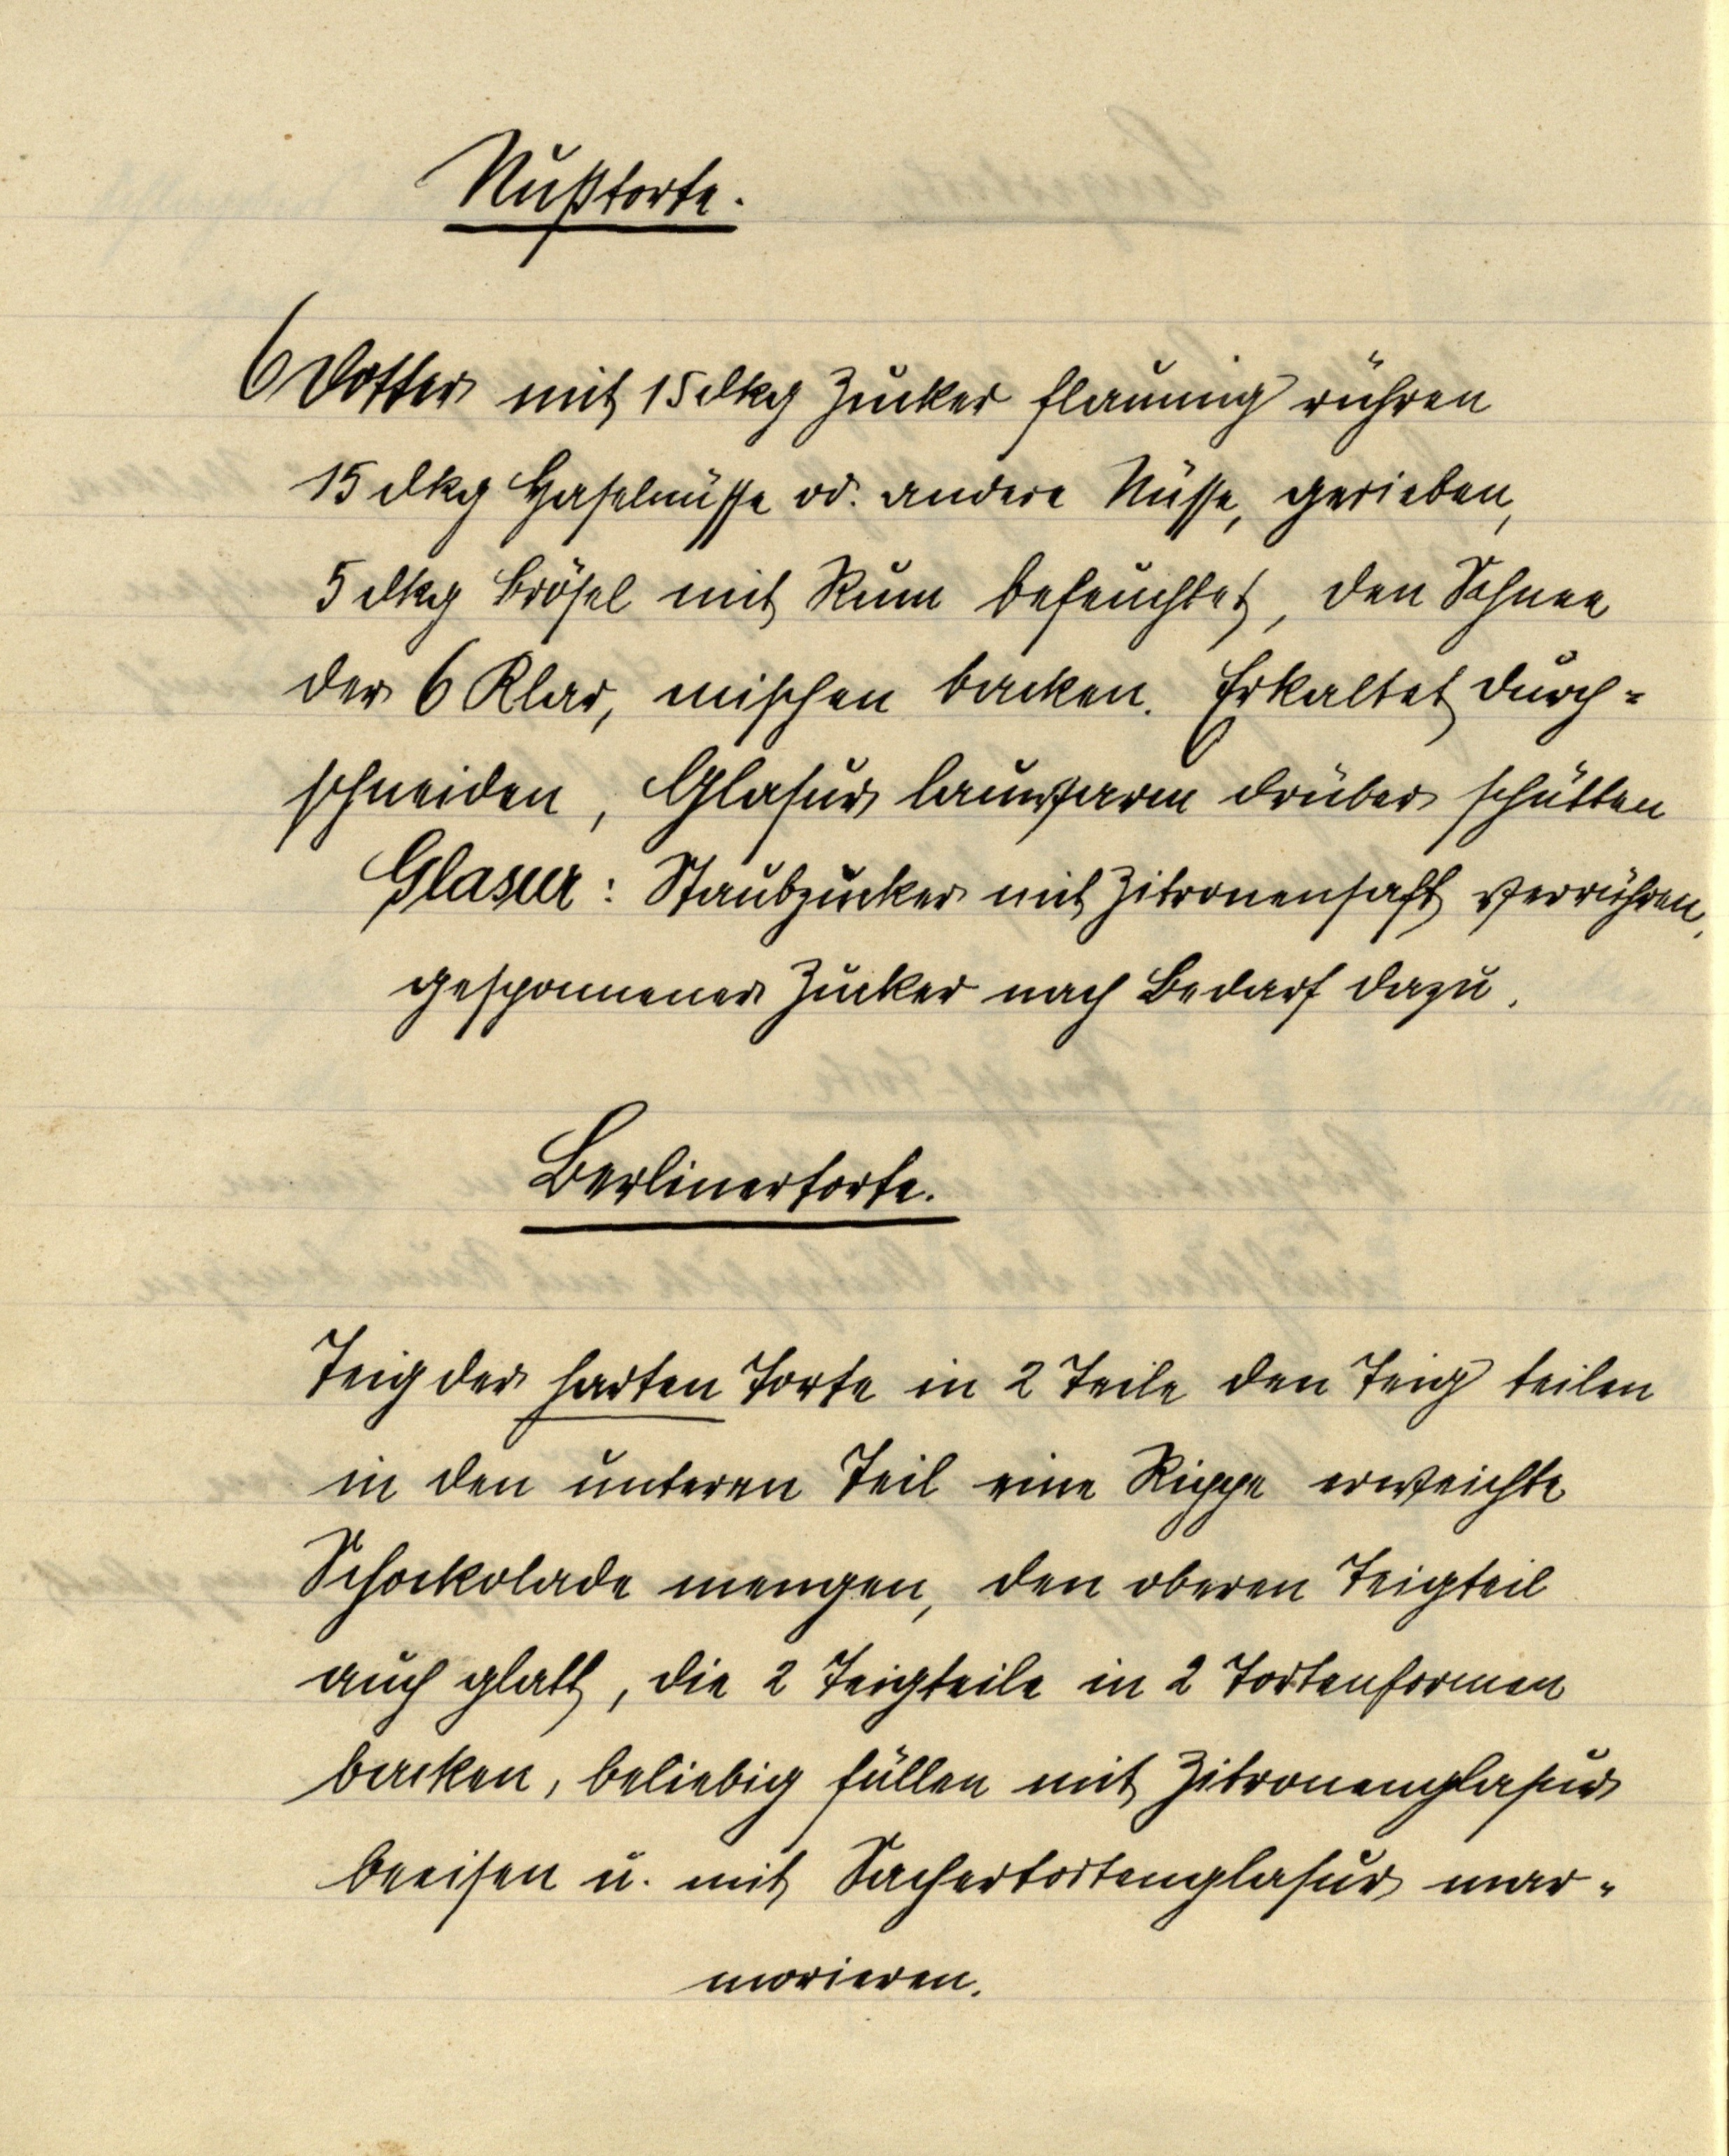
Nußtorte.

6 Dotter mit 15 dkg Zucker flaumig rühren
15 dkg Haselnüsse od. andere Nüsse, gerieben,
5 dkg Brösel mit Rum befeuchtet, den Schnee
der 6 Klar, mischen backen. Erkaltet durch¬
schneiden, Glasur lauwarm drüber schütten
Glasur: Staubzucker mit Zitronensaft verrühren
gesponnener Zucker nach Bedarf dazu.

Berlinertorte.

Teig der harten Torte in 2 Teile den Teig teilen
in den unteren Teil eine Rippe erweichte
Schockolade mengen, den oberen Teigteil
auch glatt, die 2 Teigteile in 2 Tortenformen
backen, beliebig füllen mit Zitronenglasur
beeisen u. mit Sachertortenglasur mar¬
morieren.